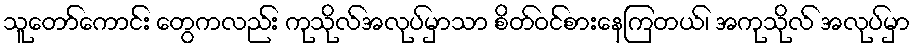
သူတော်ကောင်း တွေကလည်း ကုသိုလ်အလုပ်မှာသာ စိတ်ဝင်စားနေကြတယ်၊ အကုသိုလ် အလုပ်မှာ